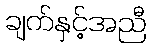
ချက်နှင့်အညီ